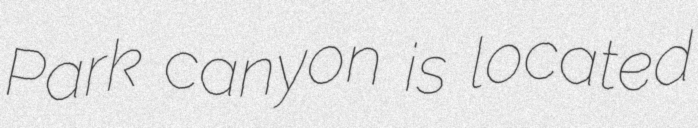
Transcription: Park canyon is located